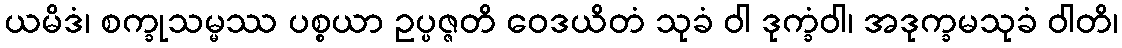
ယမိဒံ၊ စက္ခုသမ္မဿ ပစ္စယာ ဥပ္ပဇ္ဇတိ ဝေဒယိတံ သုခံ ဝါ ဒုက္ခံဝါ၊ အဒုက္ခမသုခံ ဝါတိ၊